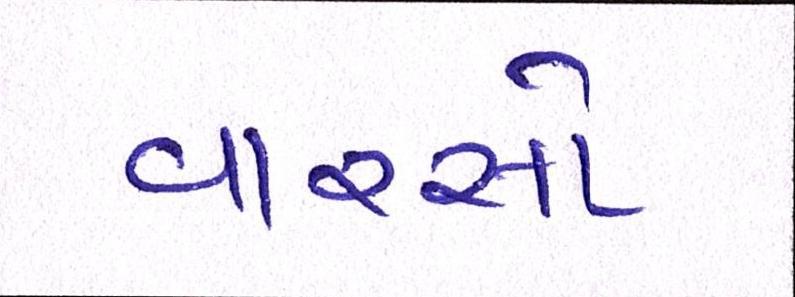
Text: વારસો